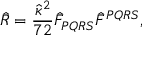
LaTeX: { \hat { R } = \frac { \hat { \kappa } ^ { 2 } } { 7 2 } \hat { F } _ { P Q R S } \hat { F } ^ { P Q R S } , }